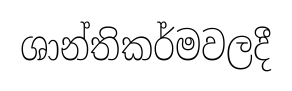
ශාන්තිකර්මවලදී